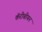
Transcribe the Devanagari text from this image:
कॅरीबीयन